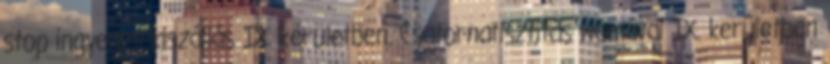
stop ingyenes kiszállás IX. kerületben. Csatornatisztítás womával IX. kerületben